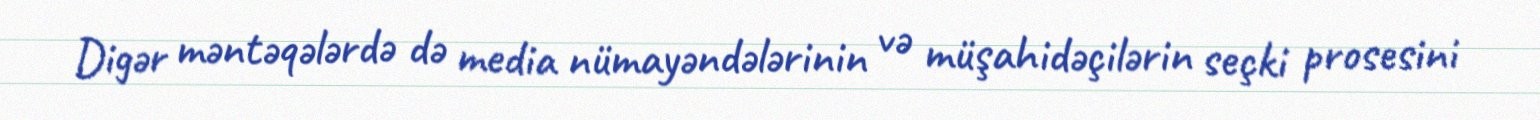
Digər məntəqələrdə də media nümayəndələrinin və müşahidəçilərin seçki prosesini